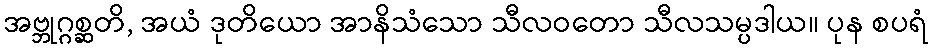
အဗ္ဘုဂ္ဂစ္ဆတိ, အယံ ဒုတိယော အာနိသံသော သီလဝတော သီလသမ္ပဒါယ။ ပုန စပရံ